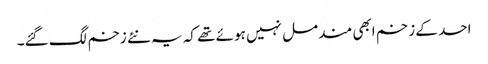
احد کے زخم ابھی مندمل نہیں ہوئے تھے کہ یہ نئے زخم لگ گئے۔